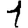
Digit: 1